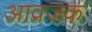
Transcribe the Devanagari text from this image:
आव्रजक